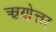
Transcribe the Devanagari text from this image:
ऋणेत्तर